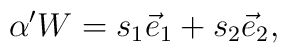
\alpha' W = s_1 \vec{e}_1 + s_2 \vec{e}_2 ,